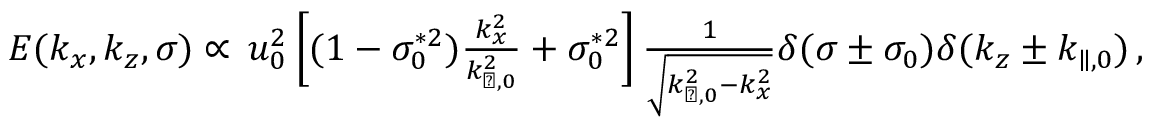
\begin{array} { r } { E ( k _ { x } , k _ { z } , \sigma ) \propto \, u _ { 0 } ^ { 2 } \left[ ( 1 - \sigma _ { 0 } ^ { * 2 } ) \frac { k _ { x } ^ { 2 } } { k _ { \perp , 0 } ^ { 2 } } + \sigma _ { 0 } ^ { * 2 } \right] \frac { 1 } { \sqrt { k _ { \perp , 0 } ^ { 2 } - k _ { x } ^ { 2 } } } \delta ( \sigma \pm \sigma _ { 0 } ) \delta ( k _ { z } \pm k _ { \parallel , 0 } ) \, , } \end{array}